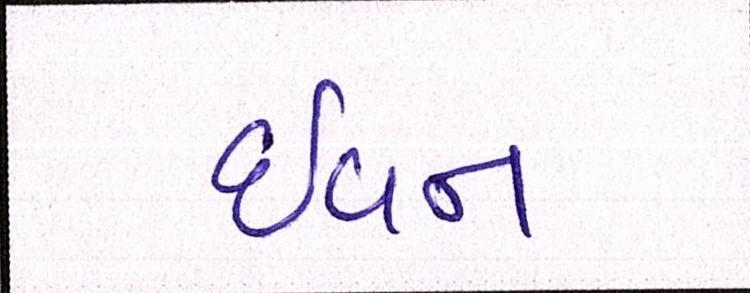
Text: ઇવન